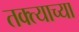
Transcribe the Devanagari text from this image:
तक्त्याच्या